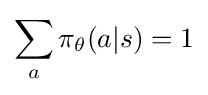
\sum _{a}\pi _{\theta }(a|s)=1